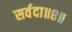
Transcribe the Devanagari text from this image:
सर्वदा॥८॥